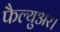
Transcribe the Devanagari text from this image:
फैल्युअर।